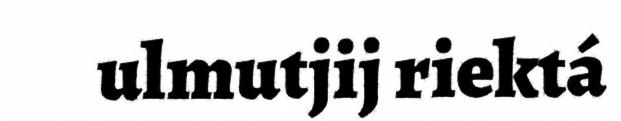
ulmutjij riektá